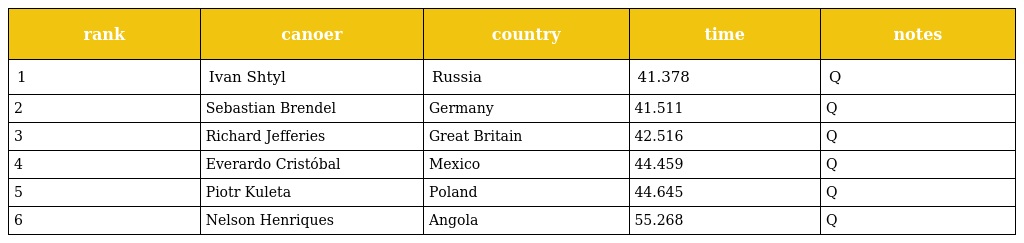
| rank | canoer | country | time | notes |
 | --- | --- | --- | --- | --- |
 | 1 | Ivan Shtyl | Russia | 41.378 | Q |
 | 2 | Sebastian Brendel | Germany | 41.511 | Q |
 | 3 | Richard Jefferies | Great Britain | 42.516 | Q |
 | 4 | Everardo Cristóbal | Mexico | 44.459 | Q |
 | 5 | Piotr Kuleta | Poland | 44.645 | Q |
 | 6 | Nelson Henriques | Angola | 55.268 | Q |